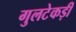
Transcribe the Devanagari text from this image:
गुलटेकड़ी